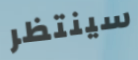
سينتظر